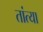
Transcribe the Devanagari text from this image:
तांत्‍या